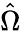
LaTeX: \hat{\Omega}